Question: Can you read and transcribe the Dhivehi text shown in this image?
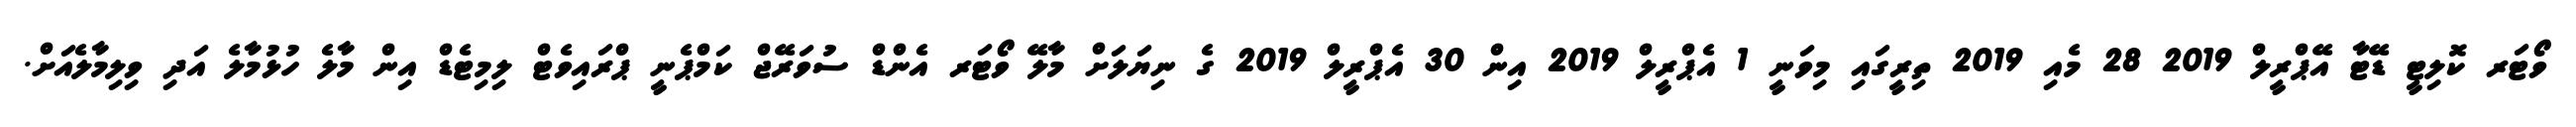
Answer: ވޯޓަރ ކޮލިޓީ ޑޭޓާ އޭޕްރީލް 2019 28 މެއި 2019 ތިރީގައި މިވަނީ 1 އެޕްރީލް 2019 އިން 30 އެޕްރީލް 2019 ގެ ނިޔަލަށް މާލޭ ވޯޓަރ އެންޑް ސުވަރޭޖް ކަމްޕެނީ ޕްރައިވެޓް ލިމިޓެޑް އިން މާލެ ހުޅުމާލެ އަދި ވިލިމާލެއަށް.